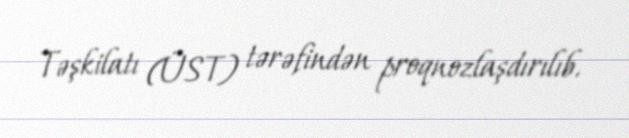
Təşkilatı (ÜST) tərəfindən proqnozlaşdırılıb.